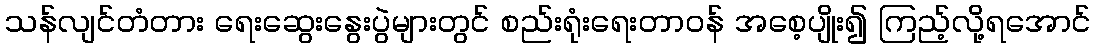
သန်လျင်တံတား ရေးဆွေးနွေးပွဲများတွင် စည်းရုံးရေးတာဝန် အစေ့ပျိုး၍ ကြည့်လို့ရအောင်